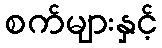
စက်များနှင့်